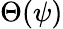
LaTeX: \Theta(\psi)